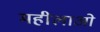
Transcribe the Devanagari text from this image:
महीलाओ